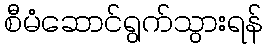
စီမံဆောင်ရွက်သွားရန်